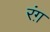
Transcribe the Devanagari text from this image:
रंग़